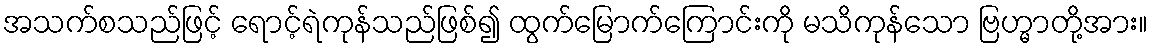
အသက်စသည်ဖြင့် ရောင့်ရဲကုန်သည်ဖြစ်၍ ထွက်မြောက်ကြောင်းကို မသိကုန်သော ဗြဟ္မာတို့အား။